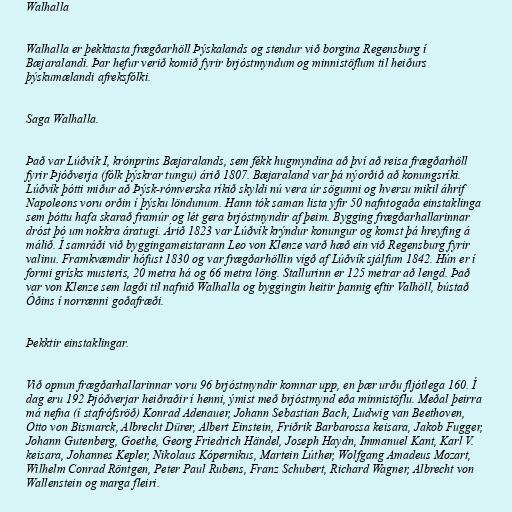
Walhalla

Walhalla er þekktasta frægðarhöll Þýskalands og stendur við borgina Regensburg í
Bæjaralandi. Þar hefur verið komið fyrir brjóstmyndum og minnistöflum til heiðurs
þýskumælandi afreksfólki.

Saga Walhalla.

Það var Lúðvík I, krónprins Bæjaralands, sem fékk hugmyndina að því að reisa frægðarhöll
fyrir Þjóðverja (fólk þýskrar tungu) árið 1807. Bæjaraland var þá nýorðið að konungsríki.
Lúðvík þótti miður að Þýsk-rómverska ríkið skyldi nú vera úr sögunni og hversu mikil áhrif
Napoleons voru orðin í þýsku löndunum. Hann tók saman lista yfir 50 nafntogaða einstaklinga
sem þóttu hafa skarað framúr og lét gera brjóstmyndir af þeim. Bygging frægðarhallarinnar
dróst þó um nokkra áratugi. Árið 1823 var Lúðvík krýndur konungur og komst þá hreyfing á
málið. Í samráði við byggingameistarann Leo von Klenze varð hæð ein við Regensburg fyrir
valinu. Framkvæmdir hófust 1830 og var frægðarhöllin vígð af Lúðvík sjálfum 1842. Hún er í
formi grísks musteris, 20 metra há og 66 metra löng. Stallurinn er 125 metrar að lengd. Það
var von Klenze sem lagði til nafnið Walhalla og byggingin heitir þannig eftir Valhöll, bústað
Óðins í norrænni goðafræði.

Þekktir einstaklingar.

Við opnun frægðarhallarinnar voru 96 brjóstmyndir komnar upp, en þær urðu fljótlega 160. Í
dag eru 192 Þjóðverjar heiðraðir í henni, ýmist með brjóstmynd eða minnistöflu. Meðal þeirra
má nefna (í stafrófsröð) Konrad Adenauer, Johann Sebastian Bach, Ludwig van Beethoven,
Otto von Bismarck, Albrecht Dürer, Albert Einstein, Friðrik Barbarossa keisara, Jakob Fugger,
Johann Gutenberg, Goethe, Georg Friedrich Händel, Joseph Haydn, Immanuel Kant, Karl V.
keisara, Johannes Kepler, Nikolaus Kópernikus, Martein Lúther, Wolfgang Amadeus Mozart,
Wilhelm Conrad Röntgen, Peter Paul Rubens, Franz Schubert, Richard Wagner, Albrecht von
Wallenstein og marga fleiri.